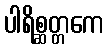
ပါရိစ္ဆတ္တကေ